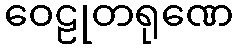
ဝေဠုတရုဏေ